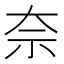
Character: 奈